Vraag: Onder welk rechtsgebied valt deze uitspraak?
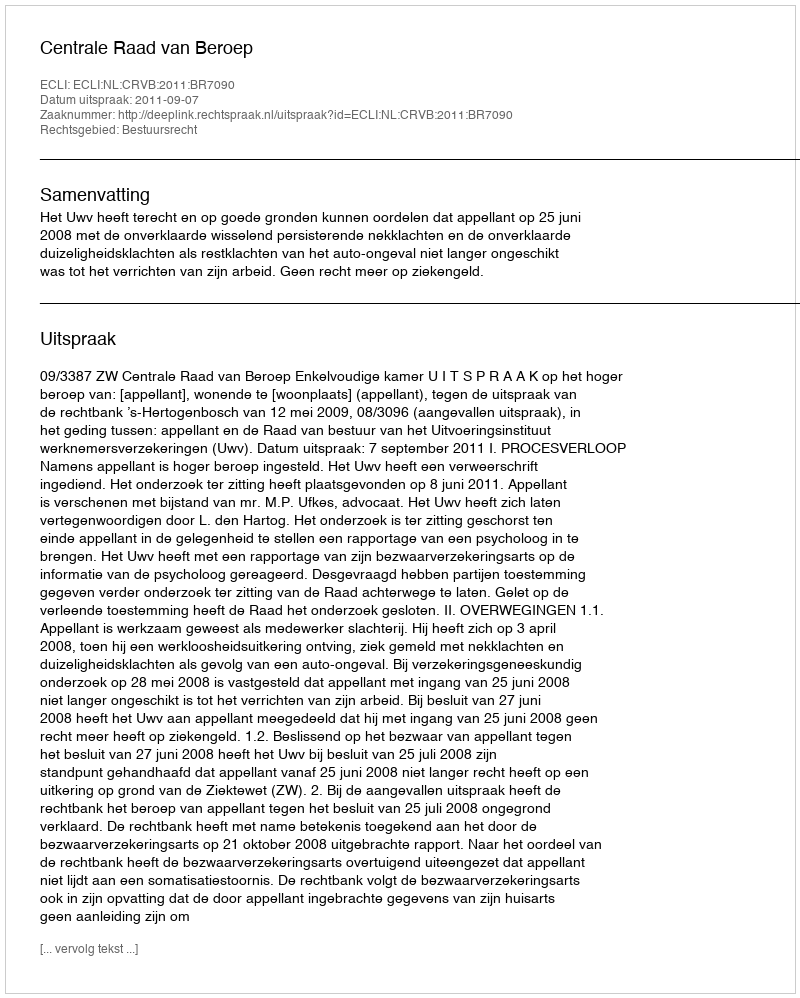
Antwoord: Bestuursrecht